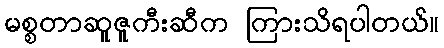
မစ္စတာဆူဇူကီးဆီက ကြားသိရပါတယ်။